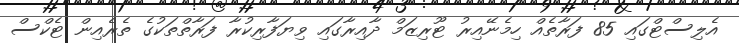
އެލިސްޓްގައި 85 ފަރާތެއް ހިމެނޭއިރު ޓޫރިޒަމް ދާއިރާގައި ވިޔަފާރިކުރާ ފަރާތްތަކުގެ ތެރެއިން ޓެކްސް